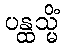
ပန္ထသ္မိံ